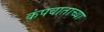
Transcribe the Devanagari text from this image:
कंपवाताच्या